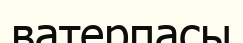
ватерпасы